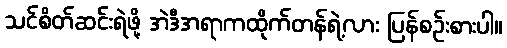
သင်စိတ်ဆင်းရဲဖို့ အဲဒီအရာကထိုက်တန်ရဲ့လား ပြန်စဉ်းစားပါ။